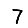
Digit: 7